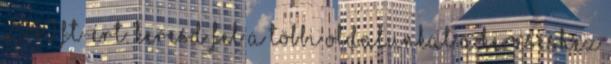
2940 Ft-ért. Keresd fel a többi oldalunkat A kereséshez